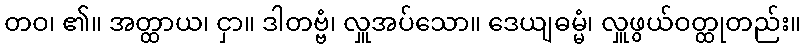
တဝ၊ ၏။ အတ္ထာယ၊ ငှာ။ ဒါတဗ္ဗံ၊ လှူအပ်သော။ ဒေယျဓမ္မံ၊ လှူဖွယ်ဝတ္ထုတည်း။